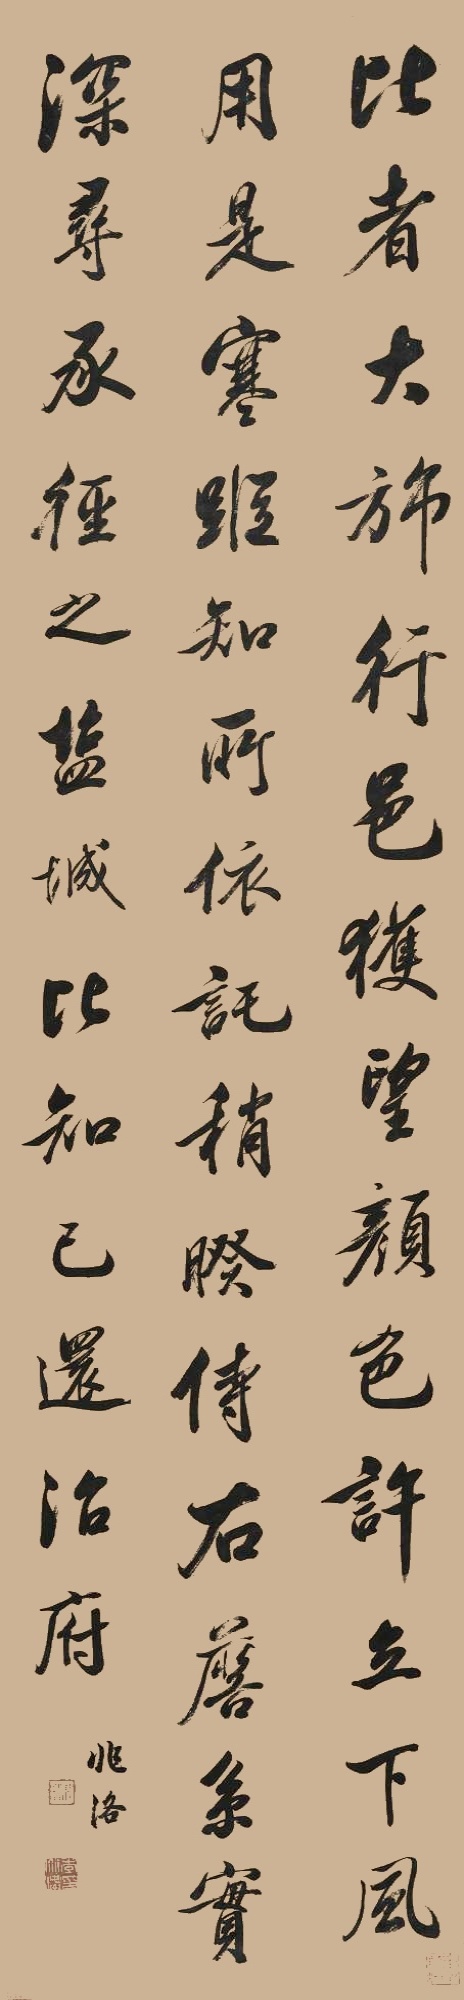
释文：比者大旆行邑，获望颜色，许立下风，用是寒踪，知所依托。稍暌侍右，詹系实深。寻承径之盐城，比知己还治府。兆洛。